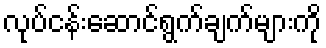
လုပ်ငန်းဆောင်ရွက်ချက်များကို